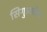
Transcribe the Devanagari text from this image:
सिगुआतेरा